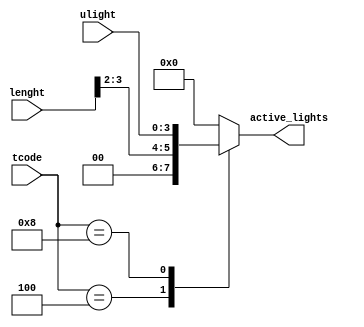
/*--  *******************************************************
--  Computer Architecture Course, Laboratory Sources 
--  Amirkabir University of Technology (Tehran Polytechnic)
--  Department of Computer Engineering (CE-AUT)
--  https://ce[dot]aut[dot]ac[dot]ir
--  *******************************************************
--  All Rights reserved (C) 2019-2020
--  *******************************************************
--  Student ID  : 
--  Student Name: 
--  Student Mail: 
--  *******************************************************
--  Additional Comments:
--
--*/

/*-----------------------------------------------------------
---  Module Name: Active Lights
---  Description: Module4: 
-----------------------------------------------------------*/
`timescale 1 ns/1 ns

module ActiveLamps (
	input  [3:0] tcode  , // time code    [table2 time code   ]
	input  [3:0] ulight , // user light   [light degree mode  ]
    input  [3:0] lenght     , // room length  [square room lenght ]
	output reg [3:0] active_lights  // number of active light
);

	
	always @(tcode or ulight or lenght)
begin
	case(tcode)
				4'b0001 : active_lights = 4'b0; 
				4'b0010 : active_lights = 4'b0;
				4'b0100 : active_lights = lenght >> 2 ; 
				4'b1000 : active_lights = ulight ; 
				4'B0000 : active_lights = 4'b0; 
				default: active_lights = 4'b0 ; 	
	endcase
end
	

endmodule